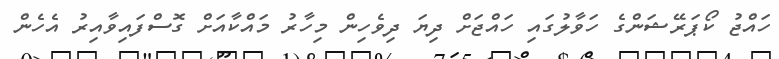
ހައްޖު ކޯޕަރޭޝަންގެ ހަވާލުގައި ހައްޖަށް ދިޔަ ދިވެހިން މިހާރު މައްކާއަށް ގޮސްފައިވާއިރު އެހެން